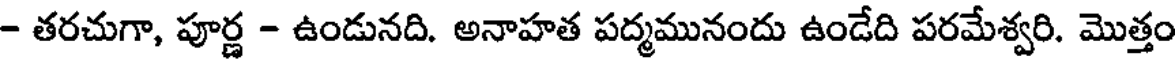
- తరచుగా, పూర్ణ - ఉండునది. అనాహత పద్మమునందు ఉండేది పరమేశ్వరి. మొత్తం